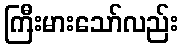
ကြီးမားသော်လည်း